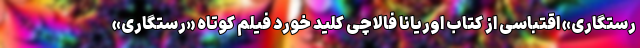
رستگاری» اقتباسی از کتاب اوریانا فالاچی کلید خورد فیلم کوتاه «رستگاری»